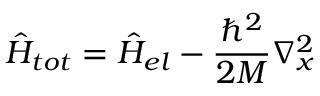
\hat { H } _ { t o t } = \hat { H } _ { e l } - \frac { \hbar ^ { 2 } } { 2 M } \nabla _ { x } ^ { 2 }